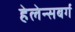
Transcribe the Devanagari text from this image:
हेलेन्सबर्ग